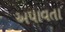
અપાવતા